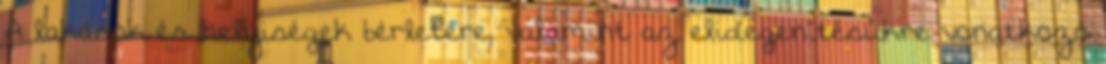
A lakások és helyiségek bérletére, valamint az elidegenítésükre vonatkozó